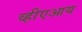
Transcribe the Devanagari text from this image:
व्हीएआय